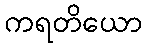
ကရတိယော